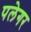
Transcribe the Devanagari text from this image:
पलेगर